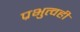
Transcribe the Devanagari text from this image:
प्रभुत्वही